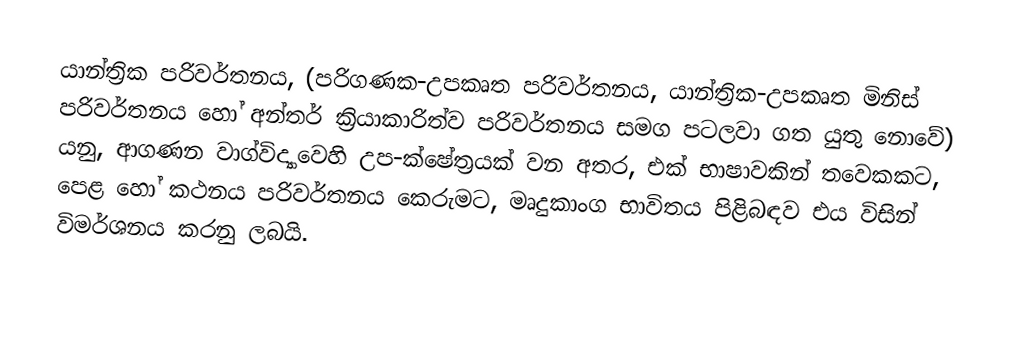
යාන්ත්‍රික පරිවර්තනය, (පරිගණක-උපකෘත පරිවර්තනය, යාන්ත්‍රික-උපකෘත මිනිස් පරිවර්තනය හෝ  අන්තර් ක්‍රියාකාරිත්ව පරිවර්තනය සමග පටලවා ගත යුතු නොවේ) යනු,  ආගණන වාග්විද්‍යාවෙහි  උප-ක්ෂේත්‍රයක් වන අතර, එක් භාෂාවකින් තවෙකකට,  පෙළ හෝ කථනය පරිවර්තනය කෙරුමට, මෘදුකාංග භාවිතය පිළිබඳව එය විසින් විමර්ශනය කරනු ලබයි.